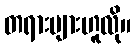
တရားများဟူလို။